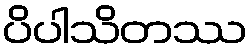
ပိပါသိတဿ